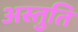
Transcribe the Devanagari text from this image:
अस्तुति